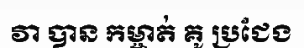
វា បាន កម្ចាត់ គូ ប្រជែង